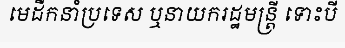
មេដឹកនាំប្រទេស ឬនាយករដ្ឋមន្ត្រី ទោះបី